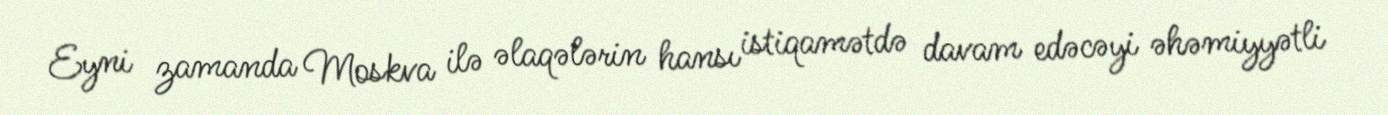
Eyni zamanda Moskva ilə əlaqələrin hansı istiqamətdə davam edəcəyi əhəmiyyətli